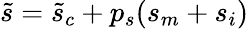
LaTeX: \tilde{s}=\tilde{s}_{c}+p_{s}(s_{m}+s_{i})